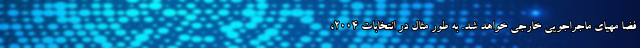
فضا مهیای ماجراجویی خارجی خواهد شد. به طور مثال در انتخابات 2004،